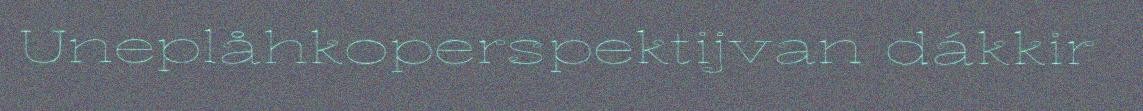
Uneplåhkoperspektijvan dákkir